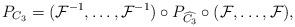
LaTeX: \begin{align*}P_{C_3}=(\mathcal{F}^{-1},\dots,\mathcal{F}^{-1})\circ P_{\widehat{C_3}}\circ(\mathcal{F},\dots,\mathcal{F}),\end{align*}